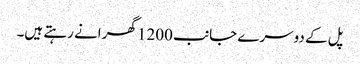
پل کے دوسرے جانب 1200 گھرانے رہتے ہیں۔